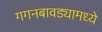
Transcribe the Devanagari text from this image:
गगनबावड्यामध्ये